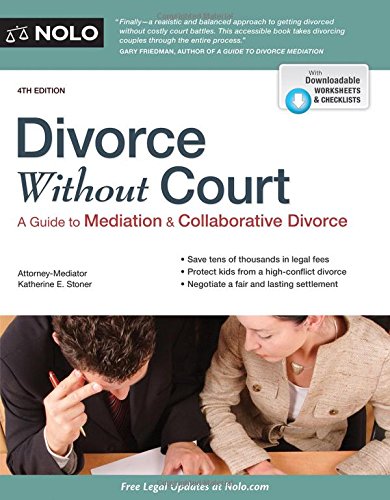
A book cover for Divorce Without Court: A Guide to Mediation and Collaborative Divorce; Katherine Stoner Attorney; Law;